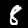
Label: 8